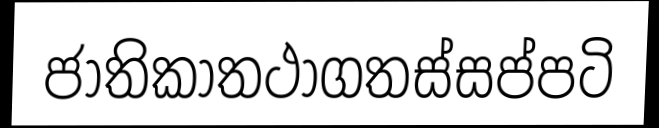
ජාතිකාතථාගතස්සප්පටි